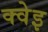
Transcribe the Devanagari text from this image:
क्वेइ